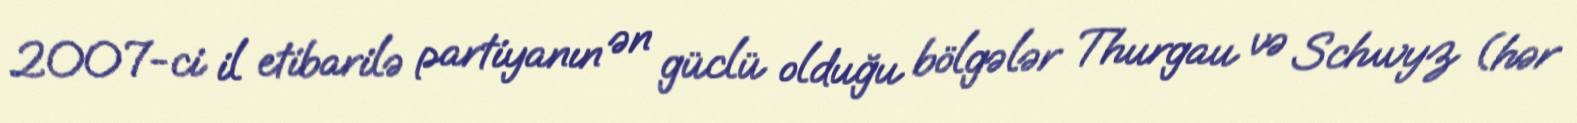
2007-ci il etibarilə partiyanın ən güclü olduğu bölgələr Thurgau və Schwyz (hər